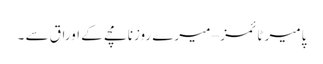
پامیر ٹائمز – میرے روزنامچے کے اوراق سے ۔